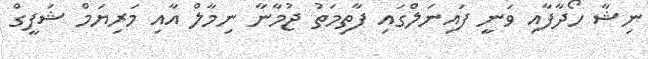
ނިޝާ ހޯދާފާއި ވަނީ ފައިނަލްގައި ފާތިމަތު ޖުމާނާ ނިމާލް އާއި މަރިޔަމް ޝަފީގް